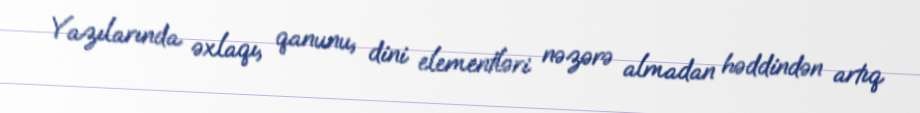
Yazılarında əxlaqı, qanunu, dini elementləri nəzərə almadan həddindən artıq